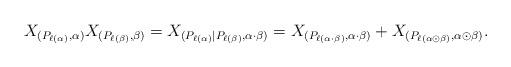
LaTeX: \begin{align*} X_{(P_{\ell(\alpha)},\alpha)}X_{(P_{\ell(\beta)},\beta)}=X_{(P_{\ell(\alpha)}\mid P_{\ell(\beta)}, \alpha\cdot\beta)}=X_{(P_{\ell(\alpha\cdot\beta)},\alpha\cdot\beta)}+X_{(P_{\ell(\alpha\odot\beta)},\alpha\odot\beta)}.\end{align*}